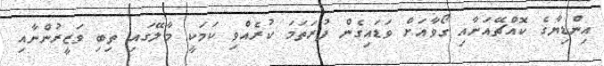
އިންޑިޔާގެ ކޮއްޗޭއަށާއި ގޯވާއަށް ވަޑައިގެން ފުރަތަމަ ކުރެއްވި ކަމަކީ މާލޭގައި ތިބި ވަޒީރުންނާއި